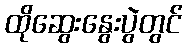
ထိုဆွေးနွေးပွဲတွင်